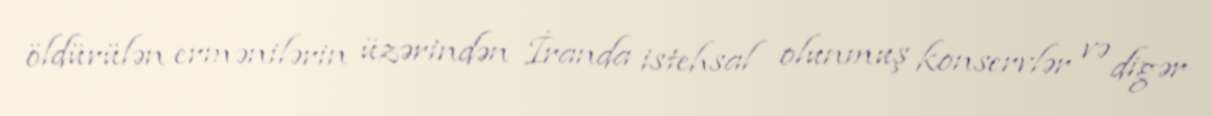
öldürülən ermənilərin üzərindən İranda istehsal olunmuş konservlər və digər